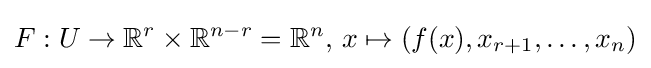
F:U\to \mathbb {R} ^{r}\times \mathbb {R} ^{n-r}=\mathbb {R} ^{n},\,x\mapsto (f(x),x_{r+1},\dots ,x_{n})